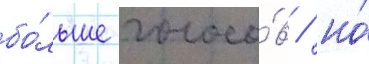
бо́льше голосо́в / но́